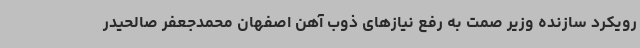
رویکرد سازنده وزیر صمت به رفع نیازهای ذوب آهن اصفهان محمدجعفر صالحیدر